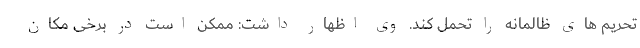
تحریم های ظالمانه را تحمل کند. وی اظهار داشت: ممکن است در برخی مکان